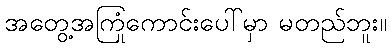
အတွေ့အကြုံကောင်းပေါ်မှာ မတည်ဘူး။